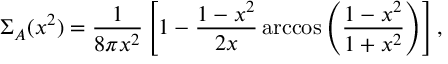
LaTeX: \Sigma _ { A } ( x ^ { 2 } ) = \frac { 1 } { 8 \pi x ^ { 2 } } \left[ 1 - \frac { 1 - x ^ { 2 } } { 2 x } \operatorname { a r c c o s } \left( \frac { 1 - x ^ { 2 } } { 1 + x ^ { 2 } } \right) \right] ,